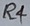
Text: R4